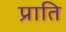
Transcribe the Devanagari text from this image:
प्राति